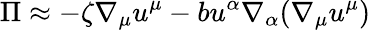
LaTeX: \Pi\approx-\zeta\nabla_{\mu}u^{\mu}-bu^{\alpha}\nabla_{\alpha}(\nabla_{\mu}u^{\mu})